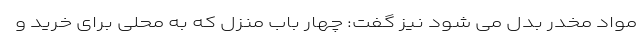
مواد مخدر بدل می شود نیز گفت: چهار باب منزل که به محلی برای خرید و